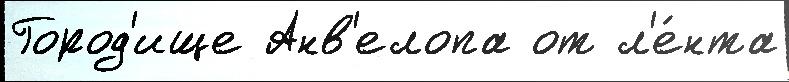
Город'ище Анв'елопа от л'е́нта